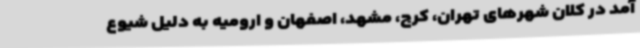
آمد در کلان شهرهای تهران، کرج، مشهد، اصفهان و ارومیه به دلیل شیوع